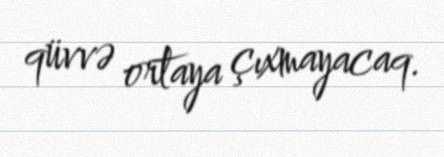
qüvvə ortaya çıxmayacaq.